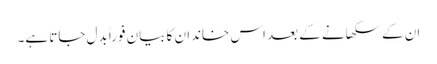
ان کے سکھانے کے بعد اس خاندان کا بیان فوراً بدل جاتا ہے۔